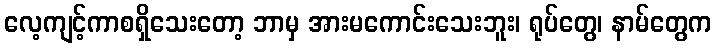
လေ့ကျင့်ကာစရှိသေးတော့ ဘာမှ အားမကောင်းသေးဘူး၊ ရုပ်တွေ၊ နာမ်တွေက